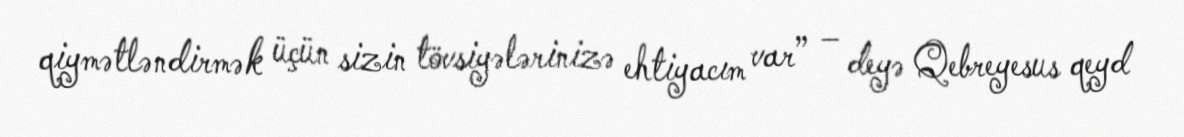
qiymətləndirmək üçün sizin tövsiyələrinizə ehtiyacım var” – deyə Qebreyesus qeyd